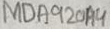
Text: MDA920A4